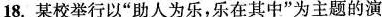
18.某校举行以”助人为乐，乐在其中”为主题的演